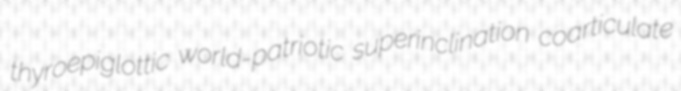
thyroepiglottic world-patriotic superinclination coarticulate